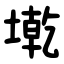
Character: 墘